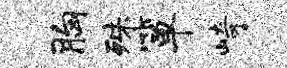
胸殊箪崎